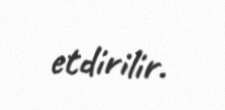
etdirilir.